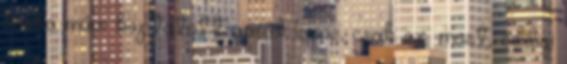
ócska művi koptatott vacak lenne, csak ez, most, eddigi